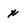
Character: x